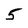
Character: 5